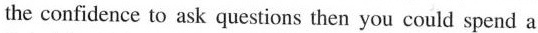
the confidence to ask questions then you could spend a